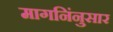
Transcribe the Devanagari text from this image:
मागनिंनुसार